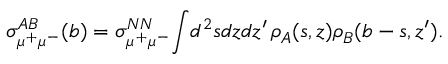
\sigma _ { \mu ^ { + } \mu ^ { - } } ^ { A B } ( b ) = \sigma _ { \mu ^ { + } \mu ^ { - } } ^ { N N } \! \int \! d ^ { 2 } s d z d z ^ { \prime } \, \rho _ { A } ( s , z ) \rho _ { B } ( b - s , z ^ { \prime } ) .